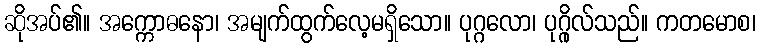
ဆိုအပ်၏။ အက္ကောဓနော၊ အမျက်ထွက်လေ့မရှိသော။ ပုဂ္ဂလော၊ ပုဂ္ဂိုလ်သည်။ ကတမောစ၊